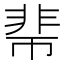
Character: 𩇱